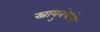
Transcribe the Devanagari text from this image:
स्नायुबंधनों